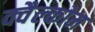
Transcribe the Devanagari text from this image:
क्वैल्कोम